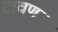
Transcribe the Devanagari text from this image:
दावण